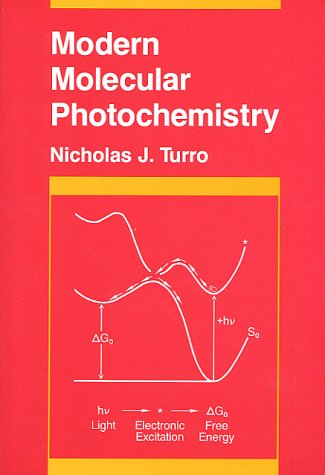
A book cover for Modern Molecular Photochemistry; Nicholas J. Turro; Science & Math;